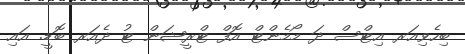
ބިހެވިއަރ އިޓްސް ދަ މޯމެންޓް އޮފް ޓްރީޝަން ޓު ދެއަރ ބޮޑީ. އައި